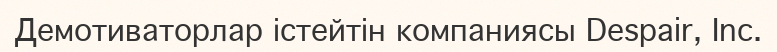
Демотиваторлар істейтін компаниясы Despair, Inc.